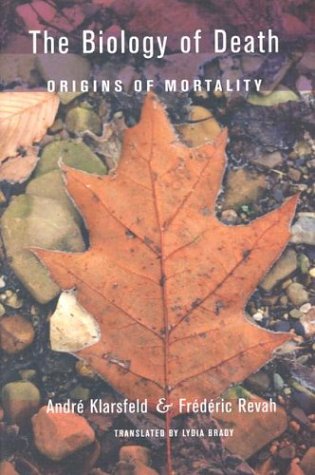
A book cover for The Biology of Death: Origins of Mortality (Comstock Books); Andre Klarsfeld; Medical Books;